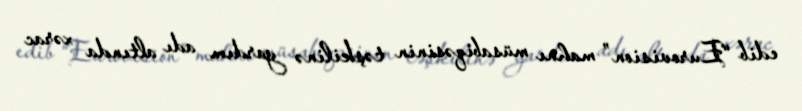
edib “Eurovision” mahnı müsabiqəsinin təşkilinə yardım adı altında xərac